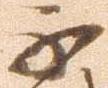
不